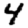
Digit: 4